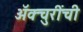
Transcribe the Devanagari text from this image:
ॲक्चुरींची